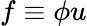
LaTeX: f\equiv\phi u